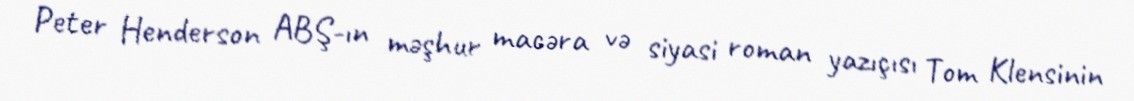
Peter Henderson ABŞ-ın məşhur macəra və siyasi roman yazıçısı Tom Klensinin